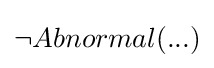
\neg Abnormal(...)